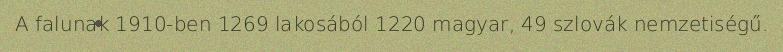
A falunak 1910-ben 1269 lakosából 1220 magyar, 49 szlovák nemzetiségű.